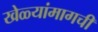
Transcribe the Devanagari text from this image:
खेळ्यांमागची